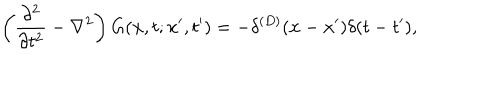
\left( { \frac { \partial ^ { 2 } } { \partial t ^ { 2 } } } - \nabla ^ { 2 } \right) G ( { \bf x } , t ; { \bf x } ^ { \prime } , t ^ { \prime } ) = - \delta ^ { ( D ) } ( { \bf x } - { \bf x } ^ { \prime } ) \delta ( t - t ^ { \prime } ) ,